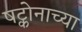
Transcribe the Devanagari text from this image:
षट्कोनाच्या